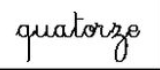
quatorze